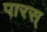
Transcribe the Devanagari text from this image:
पारस्